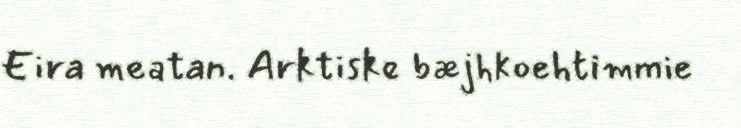
Eira meatan. Arktiske bæjhkoehtimmie